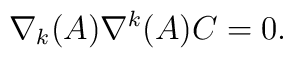
\nabla_{k}(A)\nabla^{k}(A) C = 0.